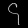
Digit: ၄